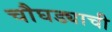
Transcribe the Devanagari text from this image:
चौघड्याची